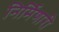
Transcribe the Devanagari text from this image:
निर्मिणारी